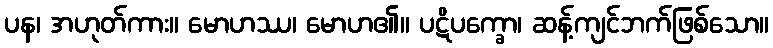
ပန၊ အဟုတ်ကား။ မောဟဿ၊ မောဟ၏။ ပဋိပက္ခော၊ ဆန့်ကျင်ဘက်ဖြစ်သော။